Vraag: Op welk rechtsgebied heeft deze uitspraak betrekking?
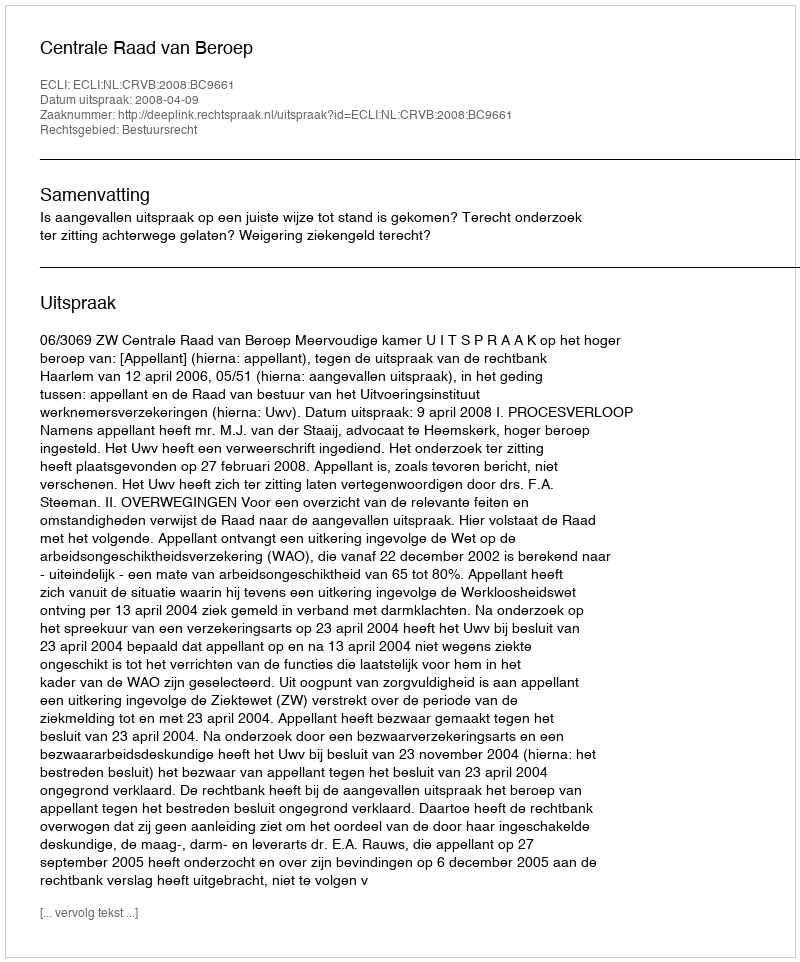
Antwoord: Bestuursrecht